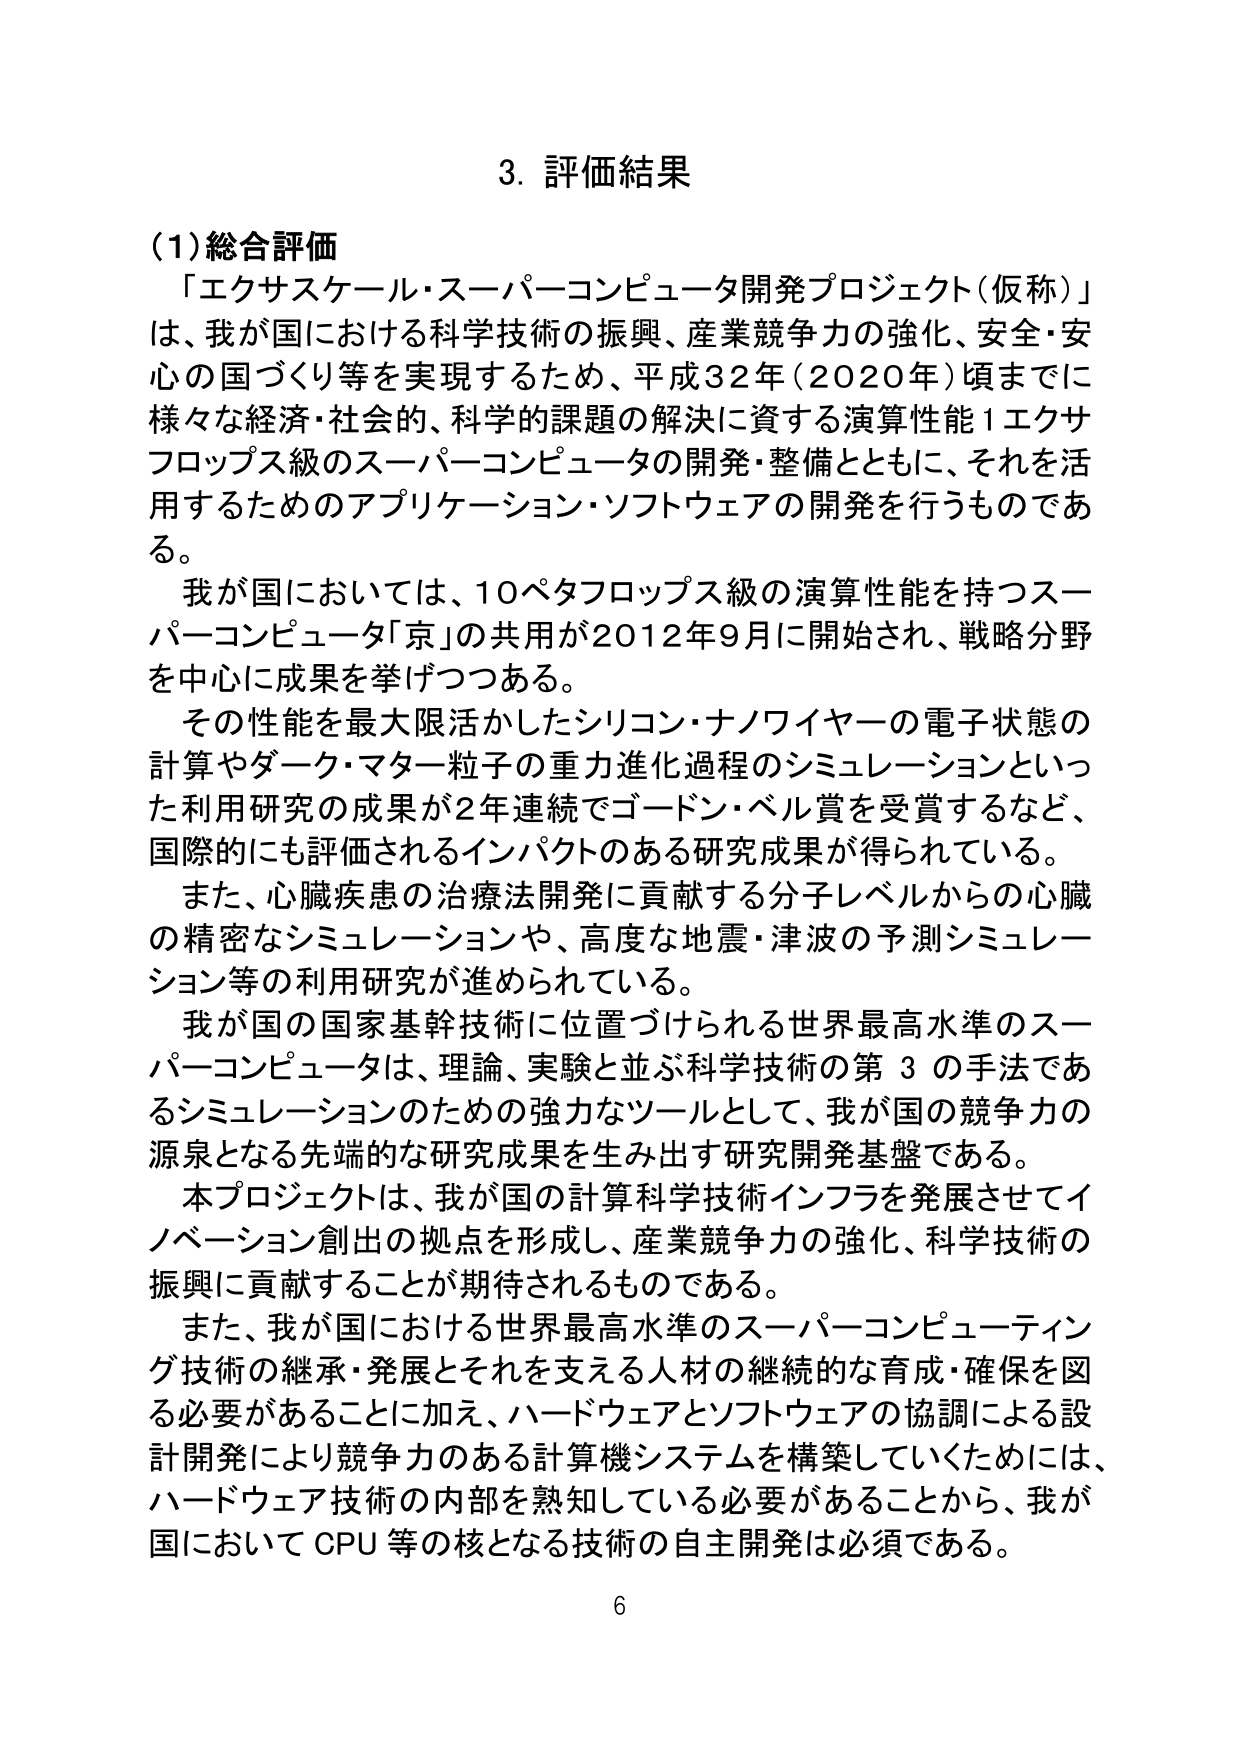
3. 評価結果

(1) 総合評価
「エクサスケール・スーパーコンピュータ開発プロジェクト（仮称）」
は、我が国における科学技術の振興、産業競争力の強化、安全・安心の国づくり等を実現するため、平成32年（2020年）頃までに
様々な経済・社会的、科学的課題の解決に資する演算性能1エクサフロップス級のスーパーコンピュータの開発・整備とともに、それを活用するためのアプリケーション・ソフトウェアの開発を行うものである。

我が国においては、10ペタフロップス級の演算性能を持つスーパーコンピュータ「京」の共用が2012年9月に開始され、戦略分野を中心に成果を挙げつつある。

その性能を最大限活かしたシリコン・ナノワイヤーの電子状態の計算やダーク・マター粒子の重力進化過程のシミュレーションといった利用研究の成果が2年連続でゴードン・ベル賞を受賞するなど、国際的にも評価されるインパクトのある研究成果が得られている。

また、心臓疾患の治療法開発に貢献する分子レベルから的心臓の精密なシミュレーションや、高度な地震・津波の予測シミュレーション等の利用研究が進められている。

我が国の国家基幹技術に位置づけられる世界最高水準のスーパーコンピュータは、理論、実験と並ぶ科学技術の第3の手法であるシミュレーションのための強力なツールとして、我が国の競争力の源泉となる先端的な研究成果を生み出す研究開発基盤である。

本プロジェクトは、我が国の計算科学技術インフラを発展させてイノベーション創出の拠点を形成し、産業競争力の強化、科学技術の振興に貢献することが期待されるものである。

また、我が国における世界最高水準のスーパーコンピューティング技術の継承・発展とそれを支える人材の継続的な育成・確保を図る必要があることに加え、ハードウェアとソフトウェアの協調による設計開発により競争力のある計算機システムを構築していくためには、ハードウェア技術の内部を熟知している必要があることから、我が国においてCPU等の核となる技術の自主開発は必須である。

6